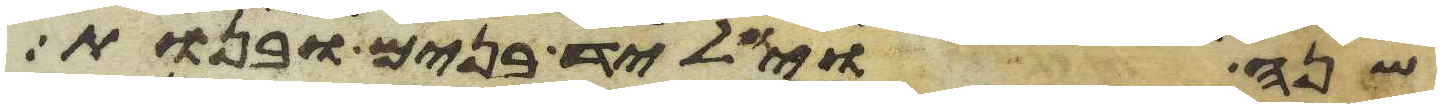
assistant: שנה ויוליד בנים ובנות